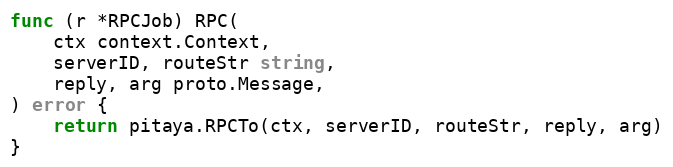
Language: Go
func (r *RPCJob) RPC(
	ctx context.Context,
	serverID, routeStr string,
	reply, arg proto.Message,
) error {
	return pitaya.RPCTo(ctx, serverID, routeStr, reply, arg)
}